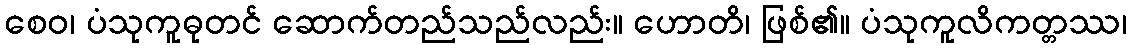
စေဝ၊ ပံသုကူဓုတင် ဆောက်တည်သည်လည်း။ ဟောတိ၊ ဖြစ်၏။ ပံသုကူလိကတ္တဿ၊